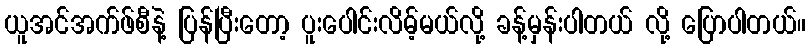
ယူအင်အက်ဖ်စီနဲ့ ပြန်ပြီးတော့ ပူးပေါင်းလိမ့်မယ်လို့ ခန့်မှန်းပါတယ် လို့ ပြောပါတယ်။